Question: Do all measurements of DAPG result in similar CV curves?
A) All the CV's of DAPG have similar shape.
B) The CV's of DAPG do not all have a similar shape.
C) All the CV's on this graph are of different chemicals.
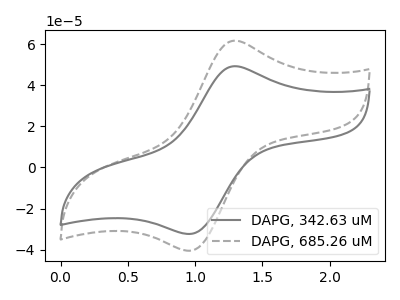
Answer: <think>The gray curve "DAPG, 342.63 uM" has an anodic peak at (1.30V, 49.20uA) and a cathodic peak at (0.95V, -32.35uA). The gray dashed curve "DAPG, 685.26 uM" has an anodic peak at (1.30V, 61.60uA) and a cathodic peak at (0.95V, -40.50uA).
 All the peaks in "DAPG, 342.63 uM" have a peak in "DAPG, 685.26 uM" at the same potential. Every peak in "DAPG, 342.63 uM" is lower than every peak in "DAPG, 685.26 uM".</think>
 <answer>A) All the CV's of "DAPG" have similar shape.</answer>
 <eval>A</eval>